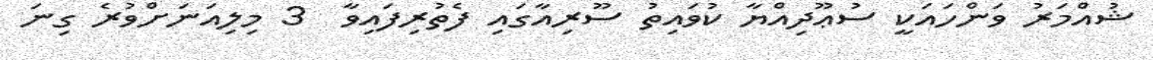
ޝުއްމަރު ވަންހައަކީ ސުޢޫދިއްޔާ ކުވައިތު ސޫރިއާގައި ފެތުރިފައިވާ  3 މިލިއަނަށްވުރެ ގިނަ